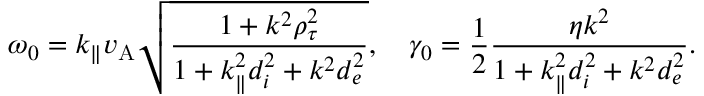
\omega _ { 0 } = k _ { \parallel } v _ { \mathrm { A } } \sqrt { \frac { 1 + k ^ { 2 } \rho _ { \tau } ^ { 2 } } { 1 + k _ { \parallel } ^ { 2 } d _ { i } ^ { 2 } + k ^ { 2 } d _ { e } ^ { 2 } } } , \quad \gamma _ { 0 } = \frac { 1 } { 2 } \frac { \eta k ^ { 2 } } { 1 + k _ { \parallel } ^ { 2 } d _ { i } ^ { 2 } + k ^ { 2 } d _ { e } ^ { 2 } } .